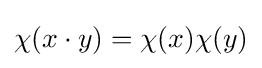
\chi (x\cdot y)=\chi (x)\chi (y)